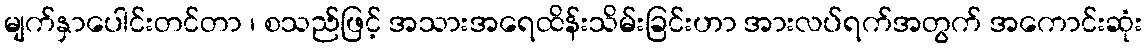
မျက်နှာပေါင်းတင်တာ ၊ စသည်ဖြင့် အသားအရေထိန်းသိမ်းခြင်းဟာ အားလပ်ရက်အတွက် အကောင်းဆုံး